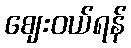
ဈေးဝယ်ရန်